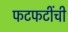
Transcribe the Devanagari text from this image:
फटफटींची